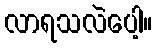
လာရသလဲပေါ့။